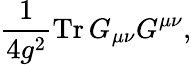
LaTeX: {\frac{1}{4g^{2}}}\mathrm{{Tr}}\, G_{\mu\nu}G^{\mu\nu},